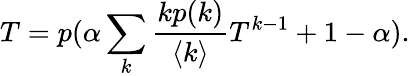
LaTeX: T=p(\alpha\sum_{k}\frac{kp(k)}{\langle k\rangle}T^{k-1}+1-\alpha).